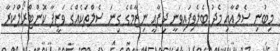
މިބުނި ސެލްއާއި މެދު ބެލެވިފައިވަނީ ދިފާޢީ ނިޒާމްގެ ގިނަ ސެލްތަކެއްގެ ވަޒީފާ ކޮންޓްރޯލްކުރާ